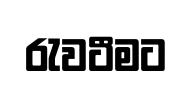
රැවටීමට